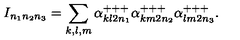
I _ { n _ { 1 } n _ { 2 } n _ { 3 } } = \sum _ { k , l , m } \alpha _ { k l 2 n _ { 1 } } ^ { + + + } \alpha _ { k m 2 n _ { 2 } } ^ { + + + } \alpha _ { l m 2 n _ { 3 } } ^ { + + + } .